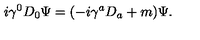
i \gamma ^ { 0 } D _ { 0 } \Psi = ( - i \gamma ^ { a } D _ { a } + m ) \Psi .